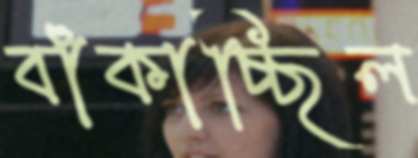
বাঁকাচ্ছিল